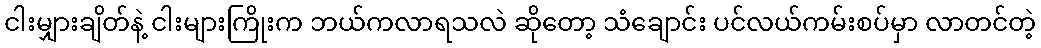
ငါးမျှားချိတ်နဲ့ ငါးများကြိုးက ဘယ်ကလာရသလဲ ဆိုတော့ သံချောင်း ပင်လယ်ကမ်းစပ်မှာ လာတင်တဲ့